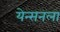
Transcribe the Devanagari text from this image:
येन्सनला